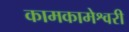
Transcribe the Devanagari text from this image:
कामकामेश्वरी